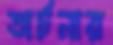
অর্চনার